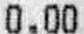
0.00